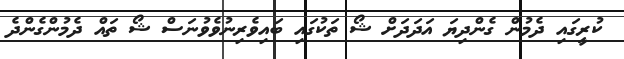
ކުރީގައި ދެމުން ގެންދިޔަ އަދަދަށް ޝޯ ތަކުގައި ބައިވެރިނުވެވުނަސް ޝޯ ތައް ދެމުންގެންދެ